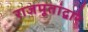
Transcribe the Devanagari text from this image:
राजपूतांद्वारे